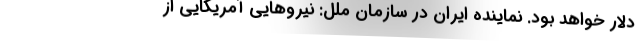
دلار خواهد بود. نماینده ایران در سازمان ملل: نیروهایی آمریکایی از